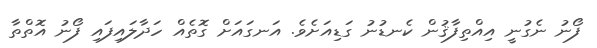
ފޯނު ނެގުނީ އިއްތިފާޤުން ކެނޑުނު ގަޑިއަށެވެ. އަނގައަށް ގޮތެއް ހަދާލައިފައި ފޯނު އޮތްތާ